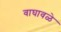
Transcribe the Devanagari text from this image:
वाघावळे